Leaving Certificate Examination (including Day School Certificate (Higher) General paper), 1932
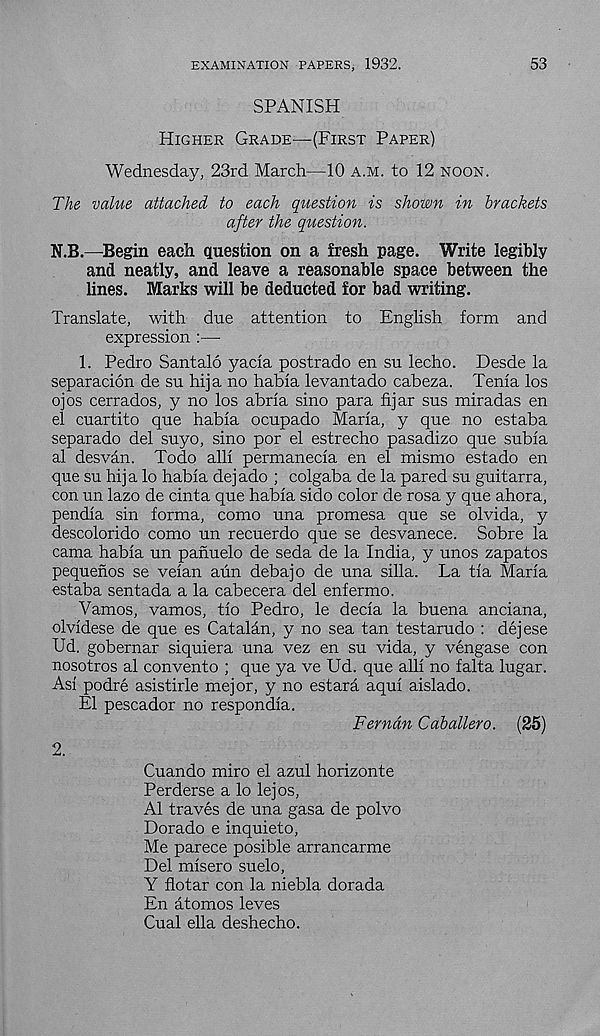
EXAMINATION PAPERS, 1932.
53
SPANISH
Higher Grade—(First Paper)
Wednesday, 23rd March—10 a.m. to 12 noon.
The value attached to each question is shown in brackets
after the question.
N.B.—Begin each question on a fresh page. Write legibly
and neatly, and leave a reasonable space between the
lines. Marks will be deducted for bad writing.
Translate, with due attention to English form and
expression :—-
1. Pedro Santalo yacia postrado en su lecho. Desde la
separacion de su hija no habia levantado cabeza. Tenia los
ojos cerrados, y no los abria sino para fijar sus miradas en
el cuartito que habia ocupado Maria, y que no estaba
separado del suyo, sino por el estrecho pasadizo que subia
al desvan. Todo alii permanecia en el mismo estado en
que su hija lo habia dejado ; colgaba de la pared su guitarra,
con un lazo de cinta que habia sido color de rosa y que ahora,
pendia sin forma, como una promesa que se olvida, y
descolorido como un recuerdo que se desvanece. Sobre la
cama habia un panuelo de seda de la India, y unos zapatos
pequenos se veian aun debajo de una silla. La tia Maria
estaba sentada a la cabecera del enfermo.
Vamos, vamos, tio Pedro, le decia la buena anciana,
olvidese de que es Catalan, y no sea tan testarudo : dejese
Ud. gobernar siquiera una vez en su vida, y vengase con
nosotros al convento ; que ya ve Ud. que alii no falta lugar.
Asi podre asistirle mejor, y no estara aqui aislado.
El pescador no respondia.
Ferndn Caballero. (25)
2.
Cuando miro el azul horizonte
Perderse a lo lejos,
Al traves de una gasa de polvo
Dorado e inquieto,
Me parece posible arrancarme
Del misero suelo,
Y flotar con la niebla dorada
En atomos leves
Cual ella deshecho.